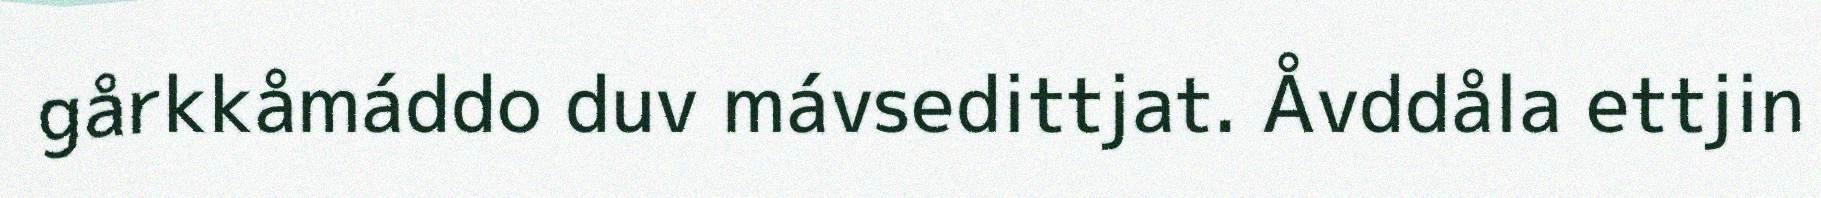
gårkkåmáddo duv mávsedittjat. Åvddåla ettjin